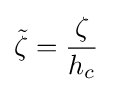
{\tilde {\zeta }}={\frac {\zeta }{h_{c}}}